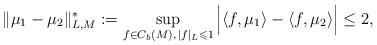
LaTeX: \begin{align*}\|\mu_1-\mu_2\|_{L,M}^*:=\sup_{f\in C_b (M),\, |f|_L\leqslant1}\Big|\langle f ,\mu_1\rangle-\langle f ,\mu_2\rangle\Big|\le2, \end{align*}